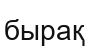
бырақ